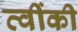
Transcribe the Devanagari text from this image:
त्वींकी